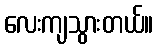
လေးကျသွားတယ်။